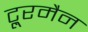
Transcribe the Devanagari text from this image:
टू्रमैन